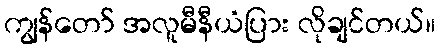
ကျွန်တော် အလူမီနီယံပြား လိုချင်တယ်။